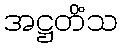
အဋ္ဌတိံသ